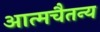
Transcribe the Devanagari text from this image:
आत्मचैतन्य